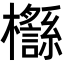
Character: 𣠡